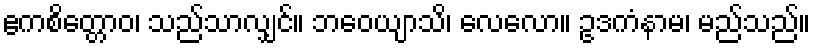
ဧကစိတ္တောဝ၊ သည်သာလျှင်။ ဘဝေယျာသိ၊ လေလော။ ဥဒကံနာမ၊ မည်သည်။